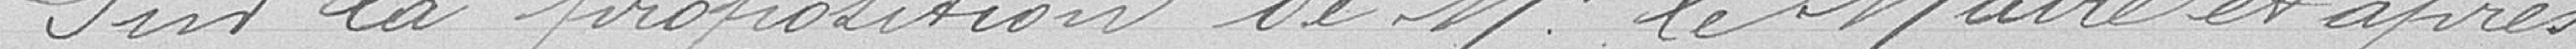
Sur la proposition de Monsieur Le Maire et après